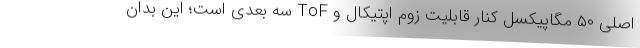
اصلی ۵۰ مگاپیکسل کنار قابلیت زوم اپتیکال و ToF سه بعدی است؛ این بدان